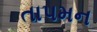
તાપમન